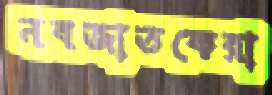
নবজাতকেরা